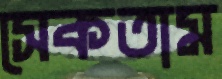
সেকতাম